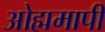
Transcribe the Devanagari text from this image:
ओह्ममापी